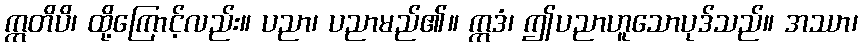
ဣတိပိ၊ ထို့ကြောင့်လည်း။ ပညာ၊ ပညာမည်၏။ ဣဒံ၊ ဤပညာဟူသောပုဒ်သည်။ အဿာ၊